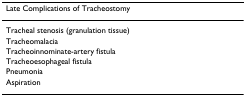
<table><thead><tr><td><b>Late Complications of Tracheostomy</b></td></tr></thead><tbody><tr><td>Tracheal stenosis (granulation tissue)</td></tr><tr><td>Tracheomalacia</td></tr><tr><td>Tracheoinnominate-artery fistula</td></tr><tr><td>Tracheoesophageal fistula</td></tr><tr><td>Pneumonia</td></tr><tr><td>Aspiration</td></tr></tbody></table>